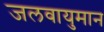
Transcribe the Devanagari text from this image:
जलवायुमान